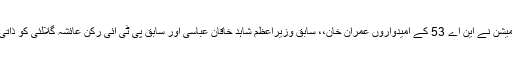
واضح رہے کہ الیکشن کمیشن نے این اے 53 کے امیدواروں عمران خان،، سابق وزیراعظم شاہد خاقان عباسی اور سابق پی ٹی آئی رکن عائشہ گلالئی کو ذاتی حیثیت میں طلب کیا تھا۔